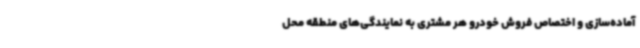
آماده‌سازی و اختصاص فروش خودرو هر مشتری به نمایندگی‌های منطقه محل